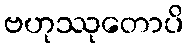
ဗဟုဿုတောပိ